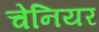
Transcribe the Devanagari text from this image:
चेनियर